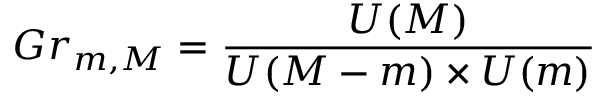
G r _ { m , M } = \frac { U ( M ) } { U ( M - m ) \times U ( m ) }